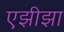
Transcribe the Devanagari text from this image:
एझीझा